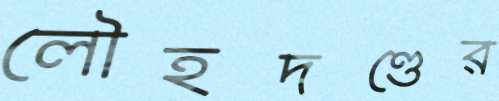
লৌহদণ্ডের